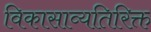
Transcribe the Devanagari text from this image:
विकासाव्यतिरिक्त